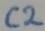
Text: C2